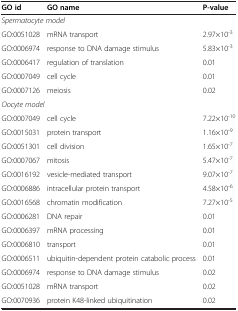
<table><thead><tr><td><b>GO id</b></td><td><b>GO name</b></td><td><b>P-value</b></td></tr></thead><tbody><tr><td><i>Spermatocyte model</i></td><td> </td><td> </td></tr><tr><td>GO:0051028</td><td>mRNA transport</td><td>2.97×10<sup>-3</sup></td></tr><tr><td>GO:0006974</td><td>response to DNA damage stimulus</td><td>5.83×10<sup>-3</sup></td></tr><tr><td>GO:0006417</td><td>regulation of translation</td><td>0.01</td></tr><tr><td>GO:0007049</td><td>cell cycle</td><td>0.01</td></tr><tr><td>GO:0007126</td><td>meiosis</td><td>0.02</td></tr><tr><td><i>Oocyte model</i></td><td> </td><td> </td></tr><tr><td>GO:0007049</td><td>cell cycle</td><td>7.22×10<sup>-10</sup></td></tr><tr><td>GO:0015031</td><td>protein transport</td><td>1.16×10<sup>-9</sup></td></tr><tr><td>GO:0051301</td><td>cell division</td><td>1.65×10<sup>-7</sup></td></tr><tr><td>GO:0007067</td><td>mitosis</td><td>5.47×10<sup>-7</sup></td></tr><tr><td>GO:0016192</td><td>vesicle-mediated transport</td><td>9.07×10<sup>-7</sup></td></tr><tr><td>GO:0006886</td><td>intracellular protein transport</td><td>4.58×10<sup>-6</sup></td></tr><tr><td>GO:0016568</td><td>chromatin modification</td><td>7.27×10<sup>-5</sup></td></tr><tr><td>GO:0006281</td><td>DNA repair</td><td>0.01</td></tr><tr><td>GO:0006397</td><td>mRNA processing</td><td>0.01</td></tr><tr><td>GO:0006810</td><td>transport</td><td>0.01</td></tr><tr><td>GO:0006511</td><td>ubiquitin-dependent protein catabolic process</td><td>0.01</td></tr><tr><td>GO:0006974</td><td>response to DNA damage stimulus</td><td>0.02</td></tr><tr><td>GO:0051028</td><td>mRNA transport</td><td>0.02</td></tr><tr><td>GO:0070936</td><td>protein K48-linked ubiquitination</td><td>0.02</td></tr></tbody></table>